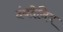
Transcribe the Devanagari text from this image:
दंबदेनिय